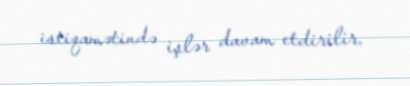
istiqamətində işlər davam etdirilir.